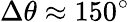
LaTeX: \Delta\theta\approx 150^{\circ}